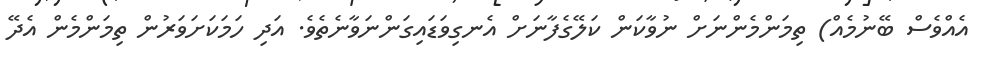
އެއްވެސް ބޭނުމެއް) ތިމަންމެންނަށް ނުވާކަން ކަލޭގެފާނަށް އެނގިވަޑައިގަންނަވާނެތެވެ. އަދި ހަމަކަށަވަރުން ތިމަންމެން އެދޭ